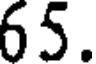
65.